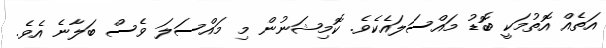
އަތެއް އޮތުމަކީ ބޮޑު މައްސަލައެކެވެ. ކޮމިޝަނުން މި މައްސަލަ ވެސް ބަލާނެ އެވެ.